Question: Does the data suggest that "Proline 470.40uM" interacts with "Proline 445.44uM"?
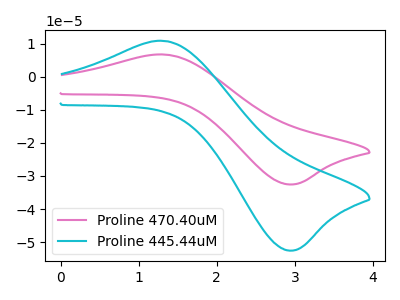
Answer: <think>The pink curve "Proline 470.40uM" has an anodic peak at (1.35V, 6.70uA) and a cathodic peak at (2.95V, -32.55uA). The cyan curve "Proline 445.44uM" has an anodic peak at (1.35V, 10.80uA) and a cathodic peak at (2.95V, -52.55uA).
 All the peaks in "Proline 470.40uM" have a peak in "Proline 445.44uM" at the same potential. Every peak in "Proline 470.40uM" is lower than every peak in "Proline 445.44uM".</think>
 <answer>No, "Proline 470.40uM" and "Proline 445.44uM" don't appear to be significantly different in shape</answer>
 <eval>no_change</eval>